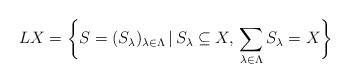
LaTeX: \begin{gather*}LX = \biggl\{ S=(S_{\lambda})_{\lambda \in \Lambda} \, | \, S_{\lambda}\subseteq X , \, \sum_{\lambda \in \Lambda}{S_{\lambda}} = X \biggr\}\end{gather*}